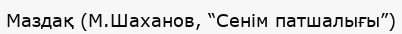
Маздақ (М.Шаханов, “Сенім патшалығы”)